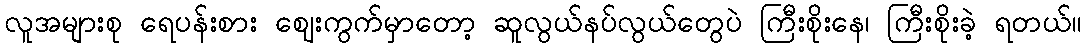
လူအများစု ရေပန်းစား ဈေးကွက်မှာတော့ ဆူလွယ်နပ်လွယ်တွေပဲ ကြီးစိုးနေ၊ ကြီးစိုးခဲ့ ရတယ်။